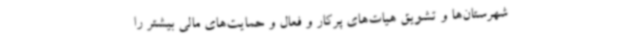
شهرستان‌ها و تشویق هیات‌های پرکار و فعال و حمایت‌های مالی بیشتر را